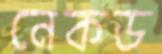
নেকড